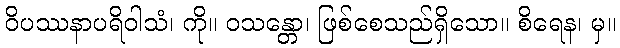
ဝိပဿနာပရိဝါသံ၊ ကို။ ဝသန္တော၊ ဖြစ်စေသည်ရှိသော။ စိရေန၊ မှ။